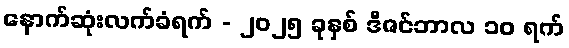
နောက်ဆုံးလက်ခံရက် - ၂၀၂၅ ခုနှစ် ဒီဇင်ဘာလ ၁၀ ရက်